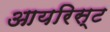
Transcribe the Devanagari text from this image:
आयरिस्ट